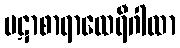
ပဋာစာရာထေရီဂါထာ